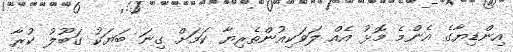
އިންޑިޔާގެ އެންމެ މޮޅު އެއް ލަވަކިއުންތެރިޔާ ކަމަށް ގިނަ ބަޔަކު ގަބޫލު ކުރާ